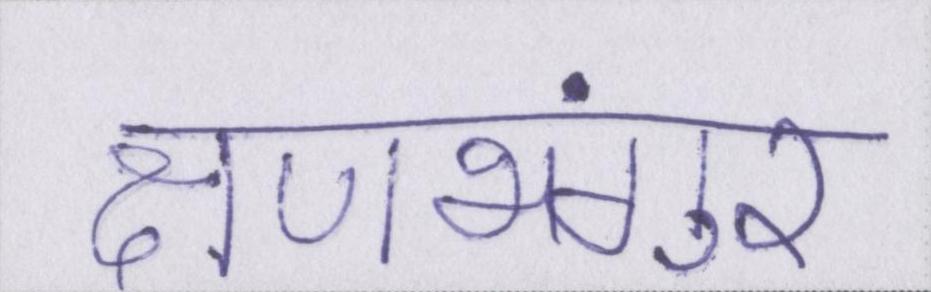
क्षणभंगुर